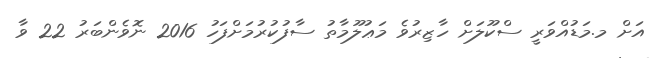
އަށް މ.މަޑުއްވަރީ ސްކޫލަށް ހާޒިރުވެ މަޢުލޫމާތު ސާފުކުރުމަށްފަހު 2016 ނޮވެންބަރު 22 ވާ